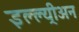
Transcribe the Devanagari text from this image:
इल्ल्य्रीअन